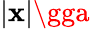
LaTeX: |\mathbf{x}|\gga